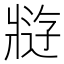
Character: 𰠘